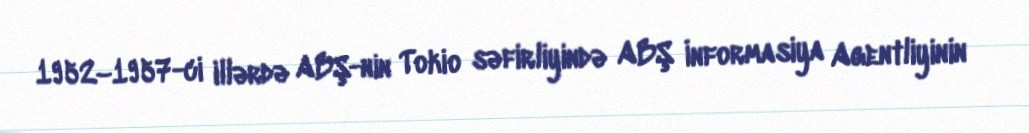
1952–1957-ci illərdə ABŞ-nin Tokio səfirliyində ABŞ İnformasiya Agentliyinin